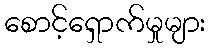
စောင့်ရှောက်မှုများ